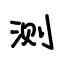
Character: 测